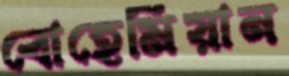
বোহেমিয়ান